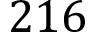
2 1 6